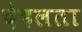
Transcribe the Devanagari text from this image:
देहलता